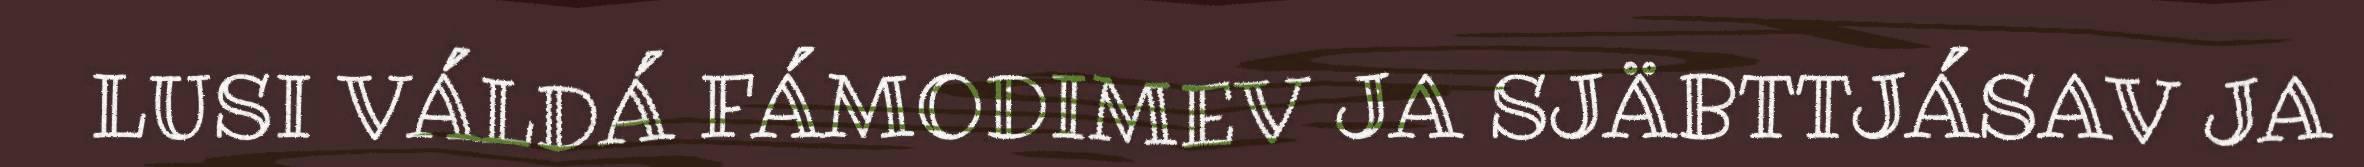
LUSI VÁLDÁ FÁMODIMEV JA SJÄBTTJÁSAV JA